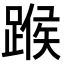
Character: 𨂸